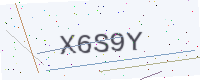
Text: X6S9Y